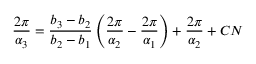
\frac { 2 \pi } { \alpha _ { 3 } } = \frac { b _ { 3 } - b _ { 2 } } { b _ { 2 } - b _ { 1 } } \left( \frac { 2 \pi } { \alpha _ { 2 } } - \frac { 2 \pi } { \alpha _ { 1 } } \right) + \frac { 2 \pi } { \alpha _ { 2 } } + C N